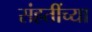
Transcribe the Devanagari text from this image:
संहतींच्या